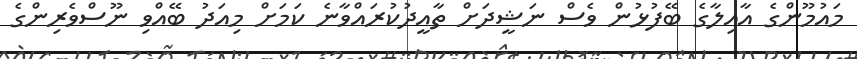
މައުމޫންގެ އާއިލާގެ ބޭފުޅުން ވެސް ނަޝީދަށް ތާއީދުކުރައްވާނެ ކަމަށް މިއަދު ބޭއްވި ނޫސްވެރިންގެ